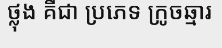
ថ្លុង គឺជា ប្រភេទ ក្រូចឆ្មារ